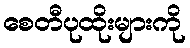
စေတီပုထိုးများကို